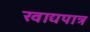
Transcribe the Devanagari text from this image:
खाद्यपात्र